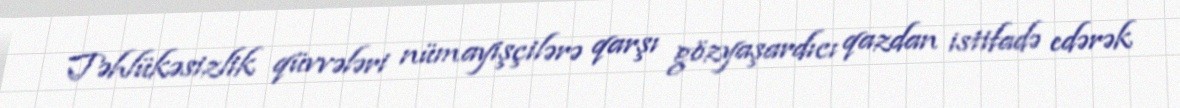
Təhlükəsizlik qüvvələri nümayişçilərə qarşı gözyaşardıcı qazdan istifadə edərək